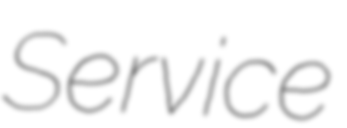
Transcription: Service